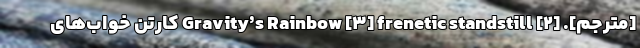
[مترجم]. [۲] Gravity’s Rainbow [۳] frenetic standstill کارتن خواب‌های